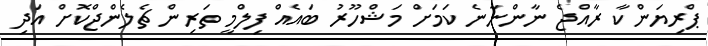
ޕްރިޔަންކާ ރާއްޖެ ނާންނާނެ ކަމަށް މަޝްހޫރު ބައެއް ފިލްމީ ތަރިން ޗެލެންޖްކޮށް އަދި